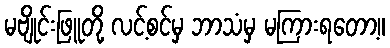
မဗျိုင်းဖြူတို့ လင့်စင်မှ ဘာသံမှ မကြားရတော့။